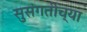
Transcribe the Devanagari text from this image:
सुसंगतीच्या